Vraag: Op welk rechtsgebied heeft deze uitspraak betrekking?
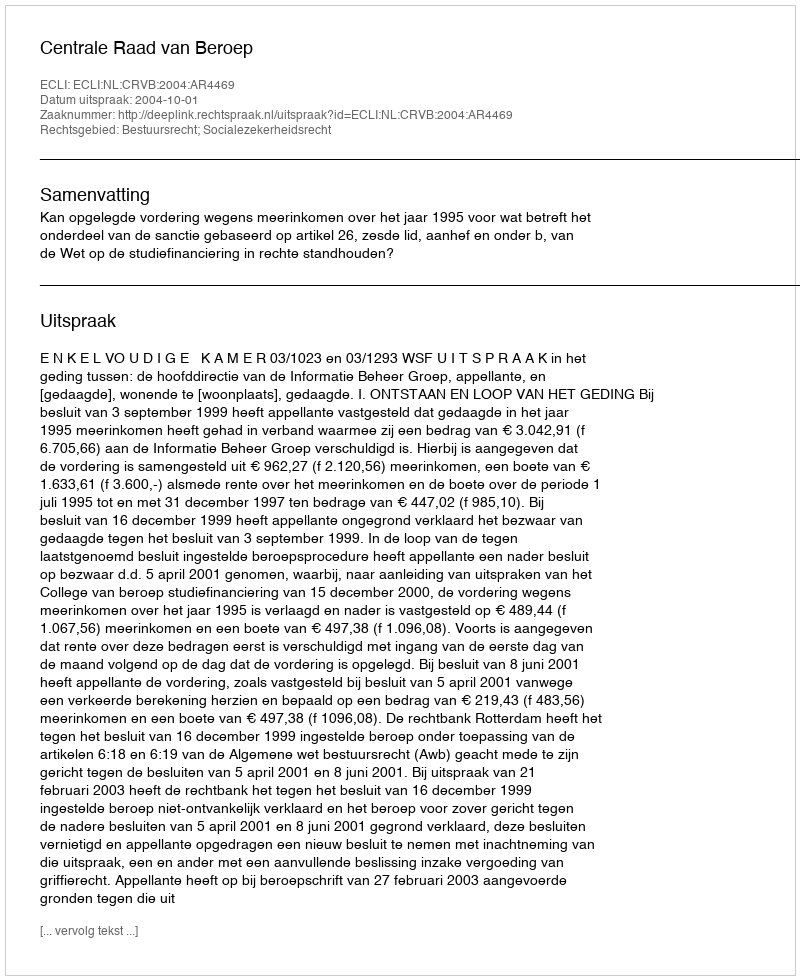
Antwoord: Bestuursrecht; Socialezekerheidsrecht